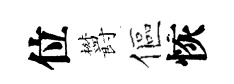
位欝傴恢